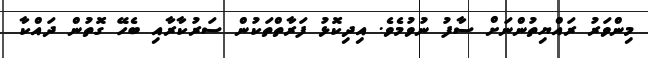
މިންވަރު ރައްޔިތުންނަށް ސާފު ނުވުމެވެ. އިދިކޮޅު ފަރާތްތަކުން ސަރުކާރާއި ބެހޭ ގޮތުން ދައްކާ